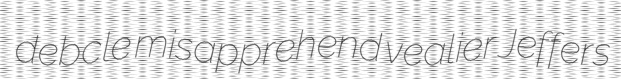
debcle misapprehend vealier Jeffers